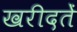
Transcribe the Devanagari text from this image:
खरीदतें